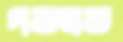
গড়লড়